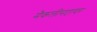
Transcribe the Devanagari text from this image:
मैकलीनटायर